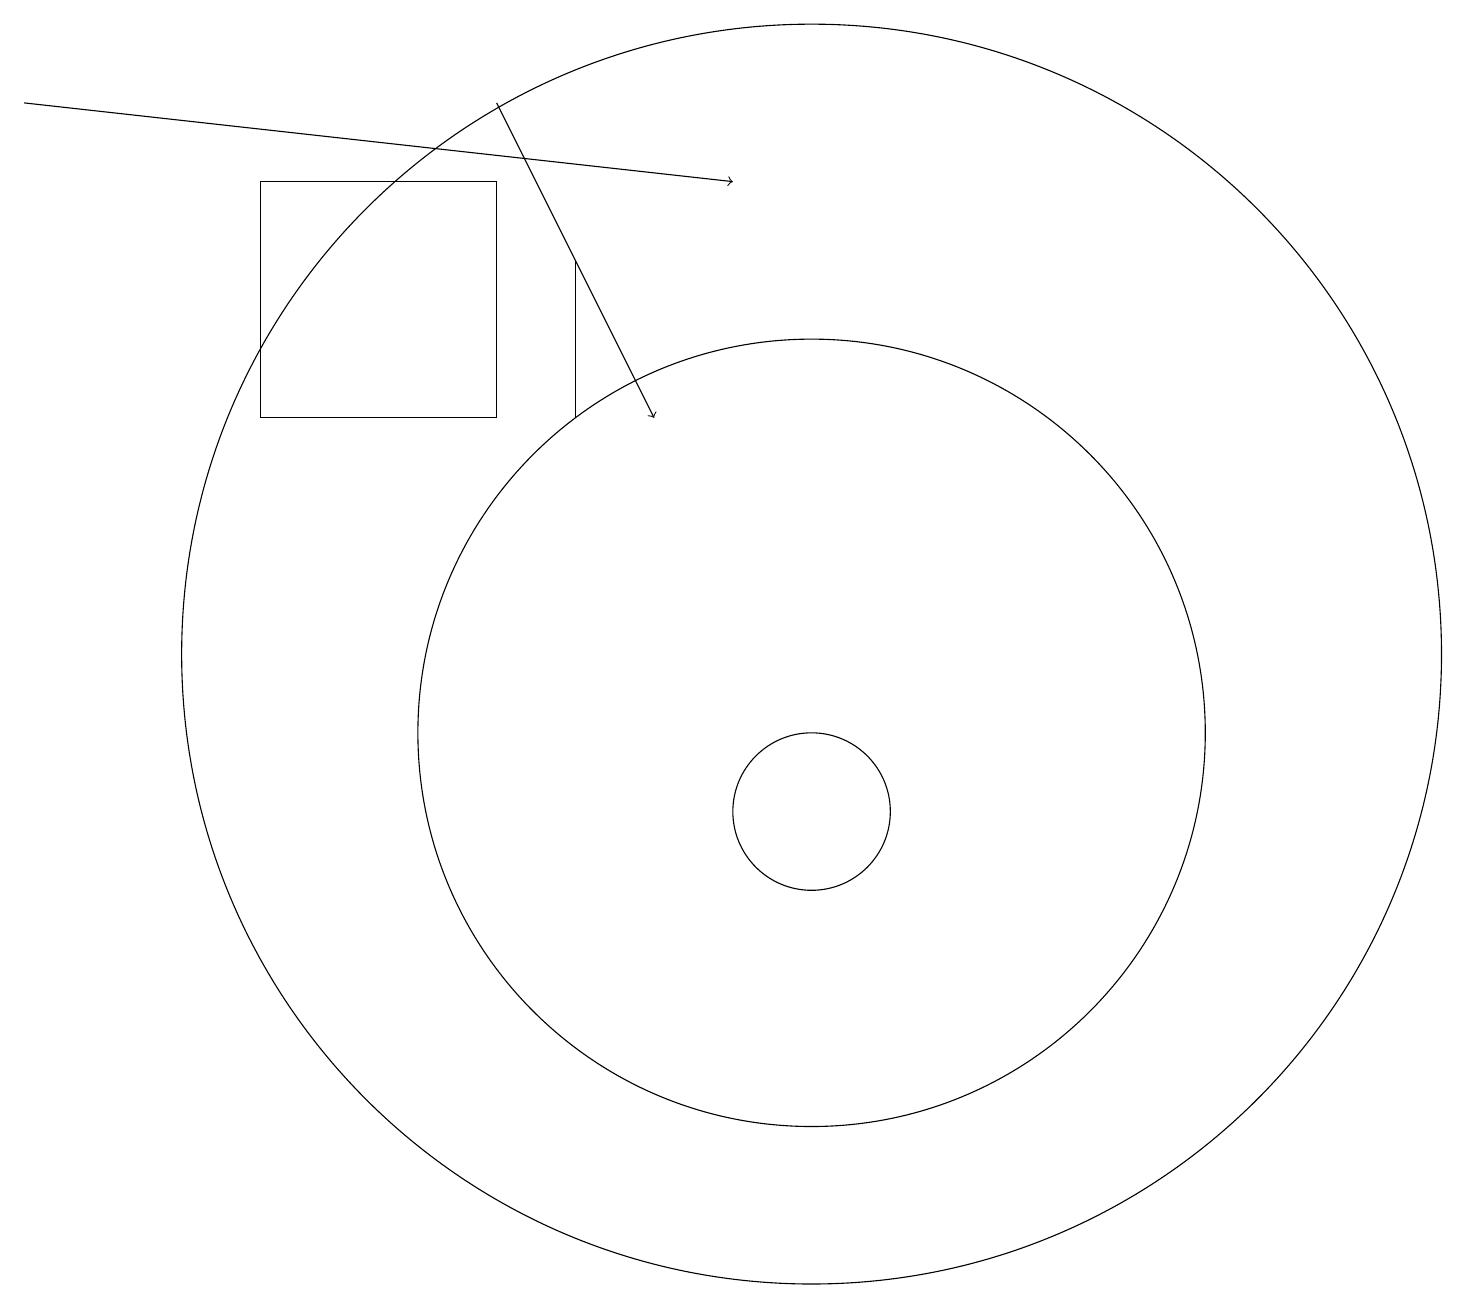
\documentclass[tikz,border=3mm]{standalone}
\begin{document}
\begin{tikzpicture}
\draw (10,12) circle (8);
\draw[->] (0,19) -- (9,18);
\draw[->] (6,19) -- (8,15);
\draw (7,17) rectangle (7,15);
\draw (10,11) circle (5);
\draw (6,18) rectangle (3,15);
\draw (10,10) circle (1);
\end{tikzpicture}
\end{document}